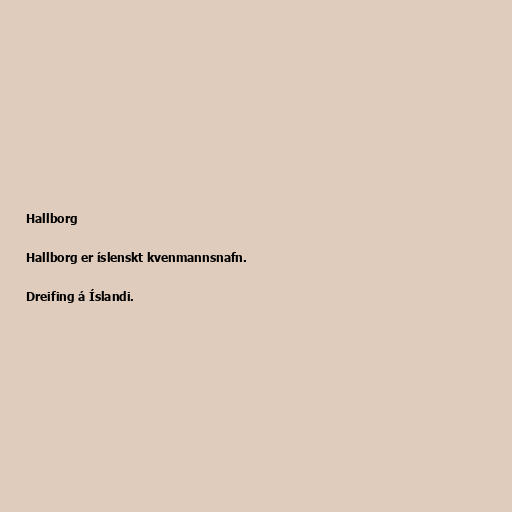
Hallborg

Hallborg er íslenskt kvenmannsnafn.

Dreifing á Íslandi.